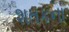
શતકના